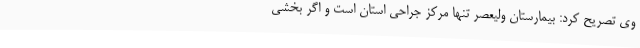
وی تصریح کرد: بیمارستان ولیعصر تنها مرکز جراحی استان است و اگر بخشی